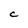
Character: C